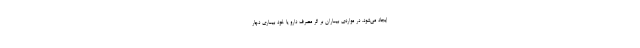
ایجاد می‌شود. در مواردی بیماران بر اثر مصرف دارو یا خود بیماری دچار